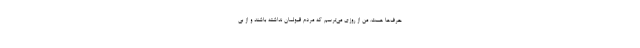
حرف‌ها هست. من از روزی می‌ترسم که مردم قبولمان نداشته باشند و از بی